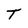
Character: T